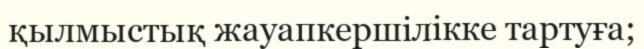
қылмыстық жауапкершілікке тартуға;